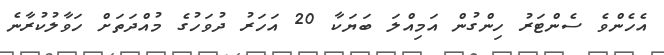
އެހެންވެ ސެންޓަރު ހިންގުން އަމިއްލަ ބަޔަކާ 20 އަހަރު ދުވަހުގެ މުއްދަތަށް ހަވާލުކުރާނެ